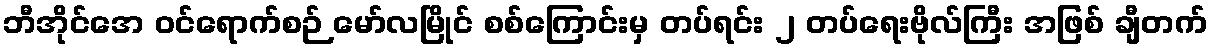
ဘီအိုင်အေ ဝင်ရောက်စဉ် မော်လမြိုင် စစ်ကြောင်းမှ တပ်ရင်း ၂ တပ်ရေးဗိုလ်ကြီး အဖြစ် ချီတက်